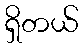
ရှိတယ်